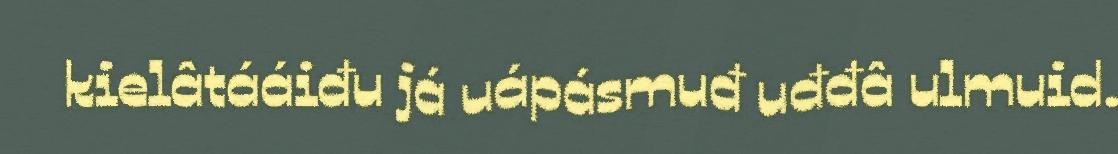
kielâtááiđu já uápásmuđ uđđâ ulmuid.